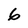
Character: 6